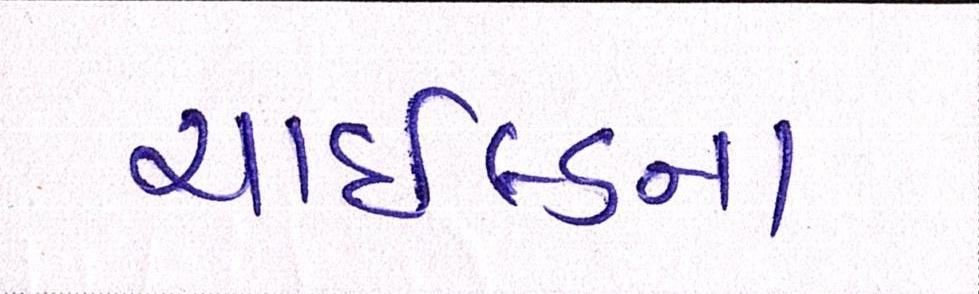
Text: ચાઇલ્ડના